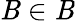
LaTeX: \mathit{B}\in{\mathcal{{\mathit{B}}}}